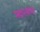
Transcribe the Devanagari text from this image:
स्थानकांसह